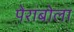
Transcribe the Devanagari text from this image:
पेराबोला